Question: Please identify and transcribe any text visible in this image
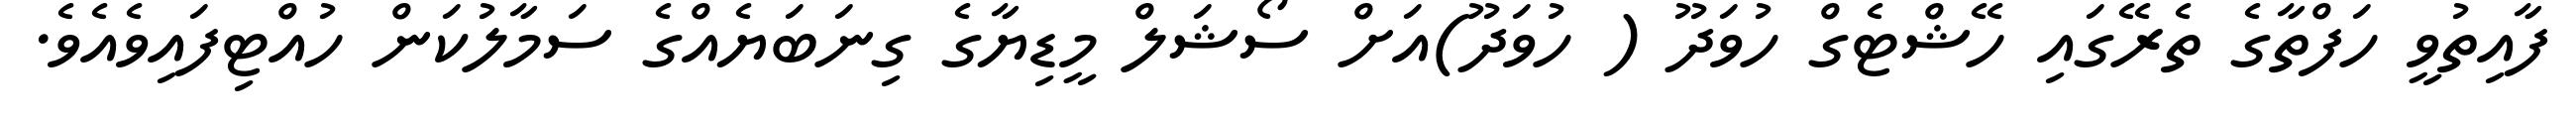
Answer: ފާއިތުވީ ހަފްތާގެ ތެރޭގައި ހޭޝްޓެގް ހުވަދޫ ( ހުވަދޫ)އަށް ސޯޝަލް މީޑިޔާގެ ގިނަބަޔެއްގެ ސަމާލުކަން ހުއްޓިފައިވެއެވެ.